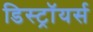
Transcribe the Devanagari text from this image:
डिस्ट्रॉयर्स